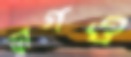
ড্রাগও